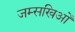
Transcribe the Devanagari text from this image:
जम्सखिओं